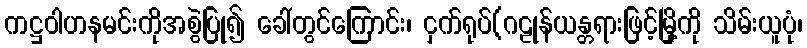
ကဋ္ဌဝါဟနမင်းကိုအစွဲပြု၍ ခေါ်တွင်ကြောင်း၊ ငှက်ရုပ်(ဂဠုန်ယန္တရားဖြင့်မြို့ကို သိမ်းယူပုံ၊